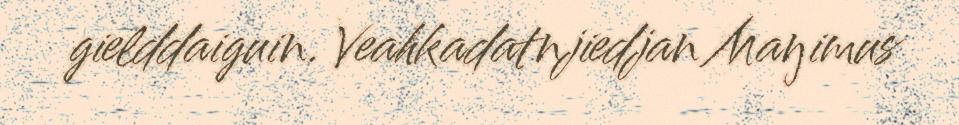
gielddaiguin. Veahkadatnjiedjan Maŋimus